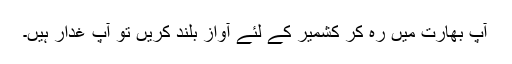
آپ بھارت میں رہ کر کشمیر کے لئے آواز بلند کریں تو آپ غدار ہیں۔